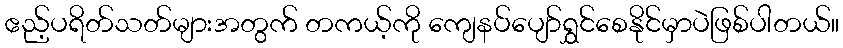
ဧည့်ပရိတ်သတ်များအတွက် တကယ့်ကို ကျေနပ်ပျော်ရွှင်စေနိုင်မှာပဲဖြစ်ပါတယ်။